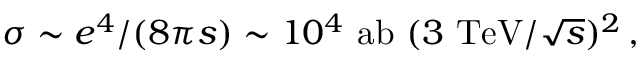
\sigma \sim e ^ { 4 } / ( 8 \pi s ) \sim 1 0 ^ { 4 } ~ \mathrm { a b } ~ ( 3 ~ \mathrm { T e V } / \sqrt { s } ) ^ { 2 } \, ,